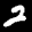
Label: 2